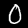
Label: 0